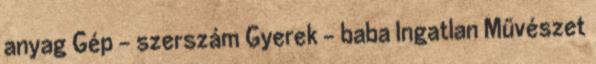
anyag Gép - szerszám Gyerek - baba Ingatlan Művészet